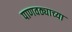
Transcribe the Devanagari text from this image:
पाणवठ्याच्‍या